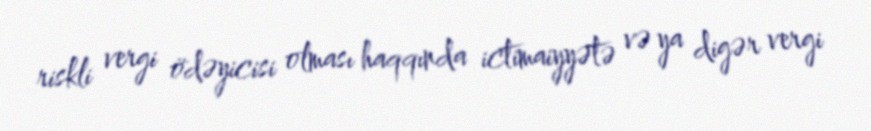
riskli vergi ödəyicisi olması haqqında ictimaiyyətə və ya digər vergi